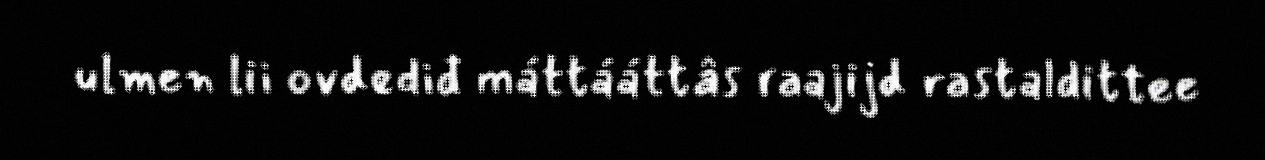
ulmen lii ovdediđ máttááttâs raajijd rastaldittee